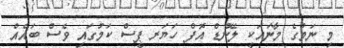
މި ނަމުގެ މާނައަކީ ލޭންޑް އޮފް ހަޔަރ ޕީސް ކަމުގައި ވެސް ބައެއް